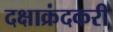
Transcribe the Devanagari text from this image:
दक्षाक्रंदकरी